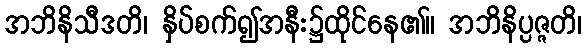
အဘိနိသီဒတိ၊ နှိပ်စက်၍အနီး၌ထိုင်နေ၏။ အဘိနိပ္ပဇ္ဇတိ၊